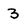
Character: 3